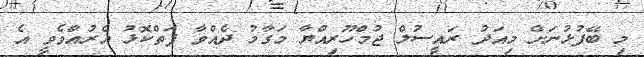
މި ބޭފުޅުނަށް މިއަދު ރައީސުލް ޖުމްހޫރިއްޔާ މަގާމު ދެއްވާ ފަތްކޮޅު އެރުއްވެވީ އެ